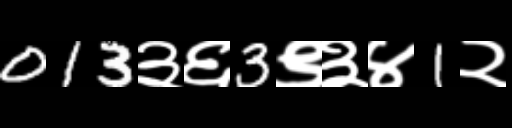
Text: 013३६3९३४1२